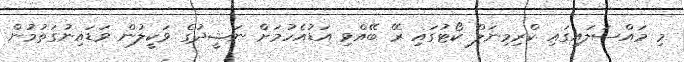
މި މައްސަލައިގައި ކްރިމިނަލް ކޯޓުގައި ރޭ ބޭއްވި އަޑުއެހުމަށް ނަޝީދުގެ ވަކީލުން ވަޑައިނުގަތުމުން